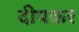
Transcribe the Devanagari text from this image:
दीपकर